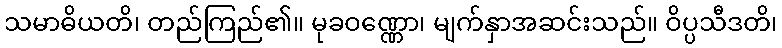
သမာဓိယတိ၊ တည်ကြည်၏။ မုခဝဏ္ဏော၊ မျက်နှာအဆင်းသည်။ ဝိပ္ပသီဒတိ၊